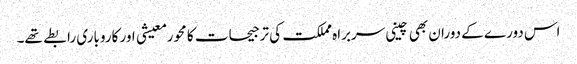
اس دورے کے دوران بھی چینی سربراہ مملکت کی ترجیحات کا محور معیشی اور کاروباری رابطے تھے۔